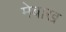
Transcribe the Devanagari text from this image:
मेबाख